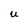
Character: U